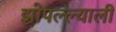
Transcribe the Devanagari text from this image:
झोपल्ल्याली